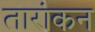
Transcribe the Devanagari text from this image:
तारांकन